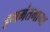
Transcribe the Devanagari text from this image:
हणमंतमामा